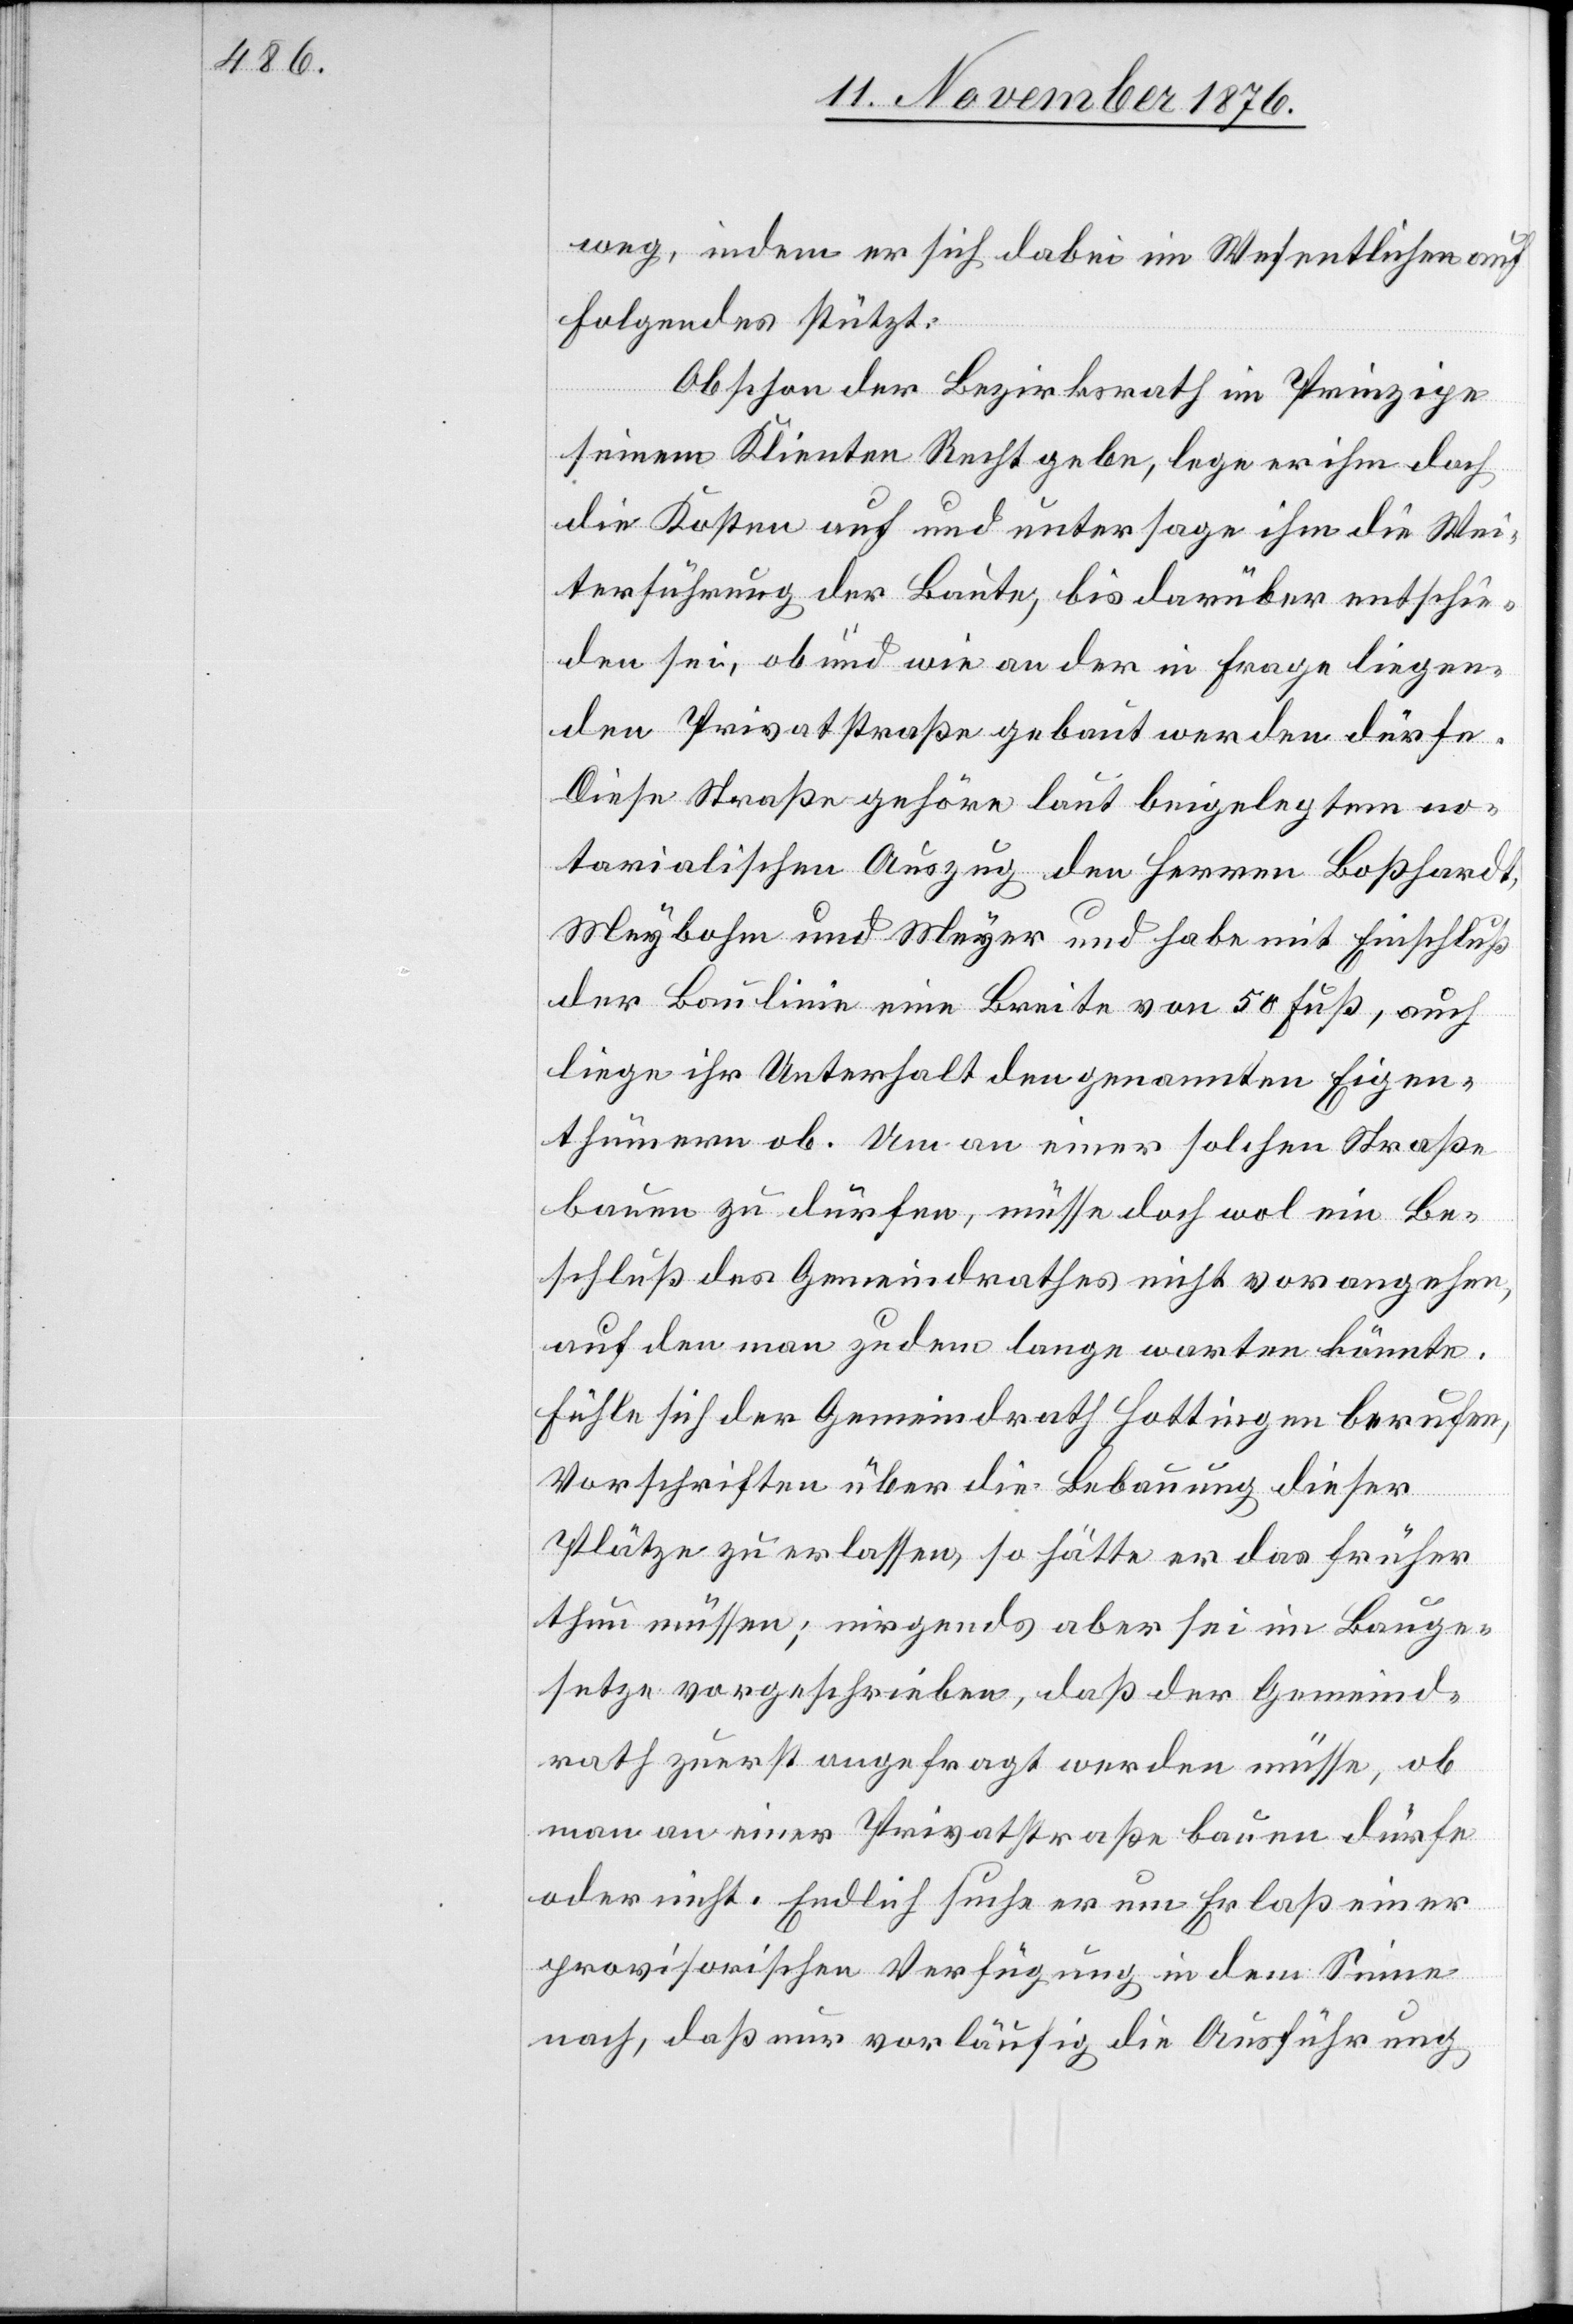
weg, indem er sich dabei im Wesentlichen auf
Folgendes stützt:
Obschon der Bezirksrath im Prinzipe
seinem Klienten Recht gebe, lege er ihm doch
die Kosten auf und untersage ihm die Wei¬
terführung der Baute, bis darüber entschie¬
den sei, ob und wie an der in Frage liegen¬
den Privatstraße gebaut werden dürfe.
Diese Straße gehöre laut beigelegtem no¬
tarialischen Auszug den Herren Boßhardt,
Meybohm und Meyer und habe mit Einschluß
der Baulinie eine Breite von 50 Fuß, auch
liege ihr Unterhalt den genannten Eigen¬
thümern ob. Um an einer solchen Straße
bauen zu dürfen, müsse doch wol ein Be¬
schluß des Gemeindrathes nicht vorangehen,
auf den man zudem lange warten könnte.
Fühle sich der Gemeindrath Hottingen berufen,
Vorschriften über die Bebauung dieser
Plätze zu erlassen, so hätte er das früher
thun müssen; nirgends aber sei im Bauge¬
setze vorgeschrieben, daß der Gemeind¬
rath zuerst angefragt werden müsse, ob
man an einer Privatstraße bauen dürfe
oder nicht. Endlich suche er um Erlaß einer
provisorischen Verfügung in dem Sinne
nach, daß nur vorläufig die Ausführung